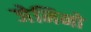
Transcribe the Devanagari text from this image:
जेमिनो